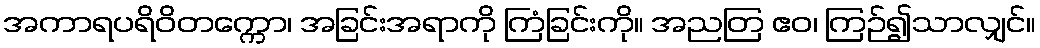
အကာရပရိဝိတက္ကော၊ အခြင်းအရာကို ကြံခြင်းကို။ အညတြ ဧဝ၊ ကြဉ်၍သာလျှင်။